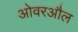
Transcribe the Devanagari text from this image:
ओवरऔल